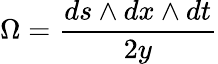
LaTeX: \Omega=\frac{ds\wedge dx\wedge dt}{2y}